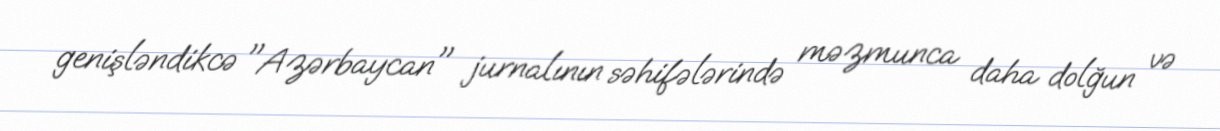
genişləndikcə "Azərbaycan" jurnalının səhifələrində məzmunca daha dolğun və